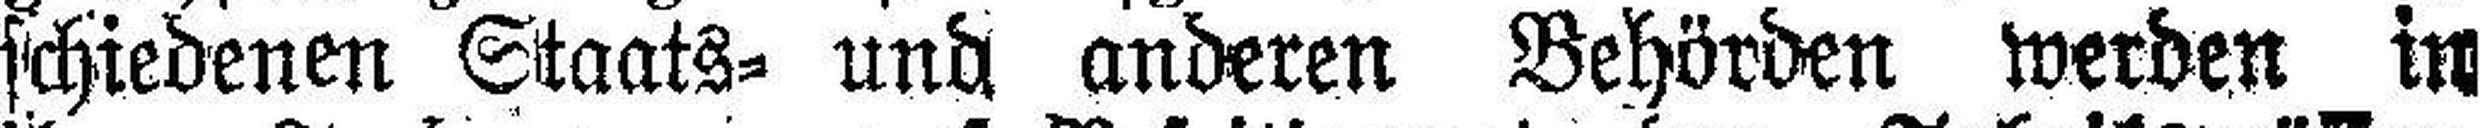
schiedenen Staats- und anderen Behörden werden in